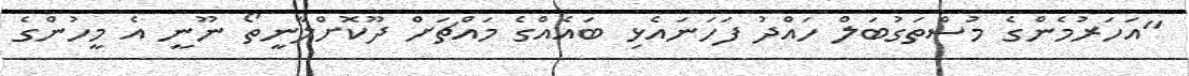
"އަހަރުމެންގެ މުސްތަގުބަލް ހައްދު ފަހަނައެޅި ބައެއްގެ މައްޗަށް ދޫކޮށްލާނީތޯ ނޫނީ އެ މީހުންގެ